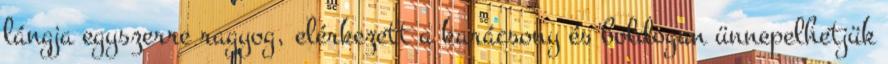
lángja egyszerre ragyog, elérkezett a karácsony és boldogan ünnepelhetjük